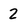
Character: 2